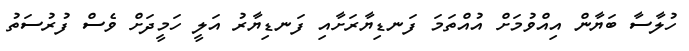
ހުލާސާ ބަޔާން އިއްވުމަށް އުއްތަމަ ފަނޑިޔާރަށާއި ފަނޑިޔާރު އަލީ ހަމީދަށް ވެސް ފުރުސަތު